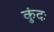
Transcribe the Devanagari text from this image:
कुंदः